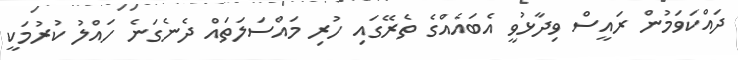
ދައްކަވަމުން ރައީސް ވިދާޅުވީ އެބައެއްގެ ތެރޭގައި ހުރި މައްސަލަތައް ދެނެގަނެ ހައްލު ކުރުމަކީ